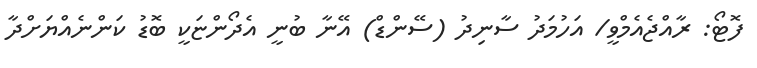
ފޮޓޯ: ރާއްޖެއެމްވީ/ އަހުމަދު ސާނިދު (ސޭންޑް) އޭނާ ބުނީ އެދޯންޏަކީ ބޮޑު ކަންނެއްޔަށްދާ